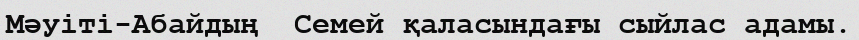
Мәуіті-Абайдың  Семей қаласындағы сыйлас адамы.